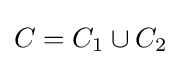
C=C_{1}\cup C_{2}